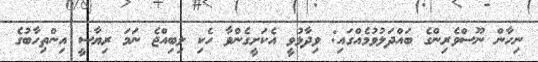
ނިހާން ނޫސްވެރިންގެ ބައްދަލުވުމެއްގައި: ވިދާޅުވީ އެކަށީގެންވާ ހެކި ލިބިއްޖެ ނަމަ ރިޔާސީ އިންތިހާބުގެ